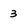
Character: 3